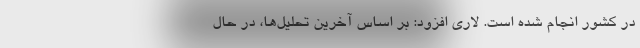
در کشور انجام شده است. لاری افزود: بر اساس آخرین تحلیل‌ها، در حال